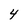
Character: 4